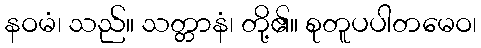
နဝမံ၊ သည်။ သတ္တာနံ၊ တို့၏။ စုတူပပါတမေဝ၊